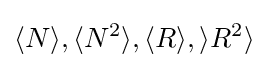
\langle N\rangle ,\langle N^{2}\rangle ,\langle R\rangle ,\rangle R^{2}\rangle